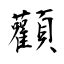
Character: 顴